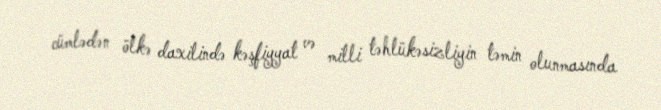
cümlədən ölkə daxilində kəşfiyyat və milli təhlükəsizliyin təmin olunmasında